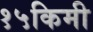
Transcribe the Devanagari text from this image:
१५किमी